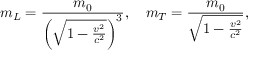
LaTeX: m _ { L } = { \frac { m _ { 0 } } { \left( { \sqrt { 1 - { \frac { v ^ { 2 } } { c ^ { 2 } } } } } \right) ^ { 3 } } } , \quad m _ { T } = { \frac { m _ { 0 } } { \sqrt { 1 - { \frac { v ^ { 2 } } { c ^ { 2 } } } } } } ,